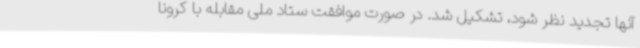
آنها تجدید نظر شود، تشکیل شد. در صورت موافقت ستاد ملی مقابله با کرونا